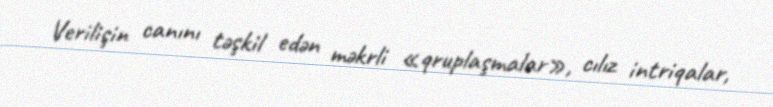
Verilişin canını təşkil edən məkrli «qruplaşmalar», cılız intriqalar,